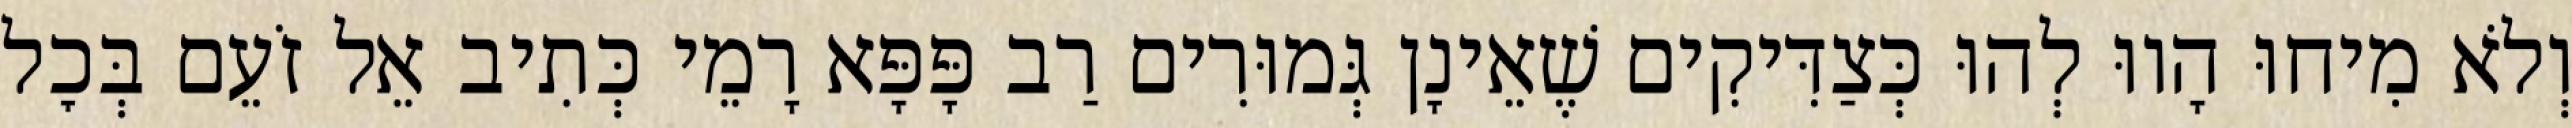
וְלֹא מִיחוּ הָווּ לְהוּ כְּצַדִּיקִים שֶׁאֵינָן גְּמוּרִים רַב פָּפָּא רָמֵי כְּתִיב אֵל זֹעֵם בְּכׇל